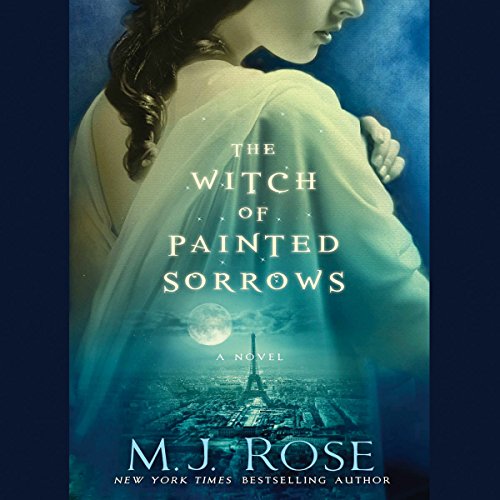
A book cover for The Witch of Painted Sorrows: The Daughters of La Lune, Book 1; M.J. Rose; Romance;